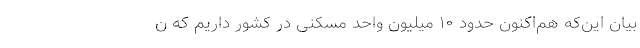
بیان این‌که هم‌اکنون حدود ۱۰ میلیون واحد مسکنی در کشور داریم که ن